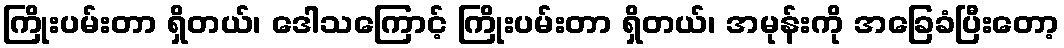
ကြိုးပမ်းတာ ရှိတယ်၊ ဒေါသကြောင့် ကြိုးပမ်းတာ ရှိတယ်၊ အမုန်းကို အခြေခံပြီးတော့